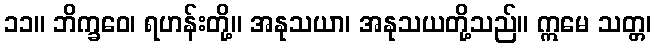
၁၁။ ဘိက္ခဝေ၊ ရဟန်းတို့။ အနုသယာ၊ အနုသယတို့သည်။ ဣမေ သတ္တ၊